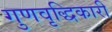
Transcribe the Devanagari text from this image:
गुणवृद्धिकारी